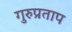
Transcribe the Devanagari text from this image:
गुरुप्रताप